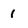
Character: 1